Report of the Indian Hemp Drugs Commission, 1894-1895 - Volume VII
Year: 1894
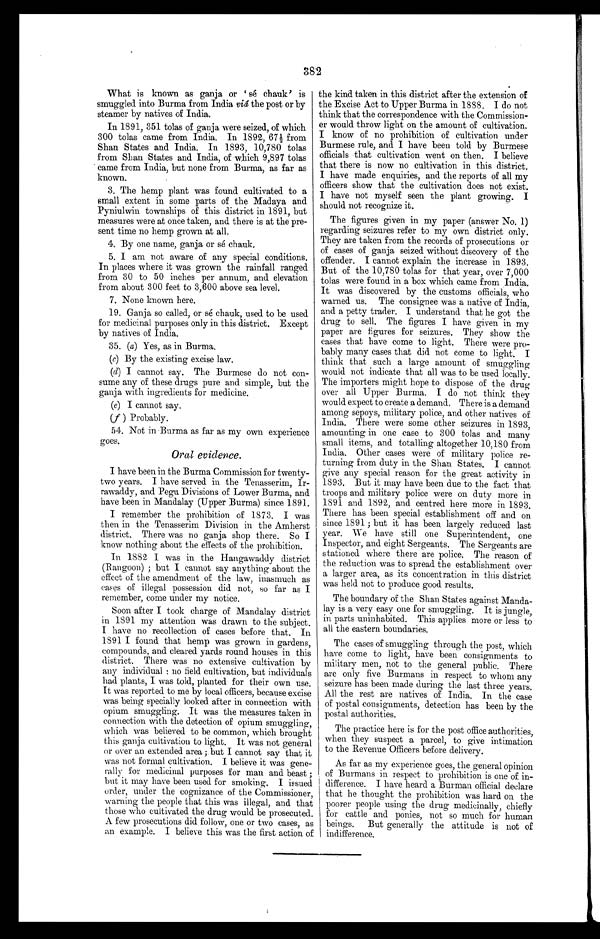
382
What is known as ganja or ' sé chauk' is
smuggled into Burma from India viâ the post or by
steamer by natives of India.
In 1891, 351 tolas of ganja were seized, of which
300 tolas came from India. In 1892, 67½ from
Shan States and India. In 1893, 10,780 tolas
from Shan States and India, of which 9,897 tolas
came from India, but none from Burma, as far as
known.
3. The hemp plant was found cultivated to a
small extent in some parts of the Madaya and
Pyniulwin townships of this district in 1891, but
measures were at once taken, and there is at the pre-
sent time no hemp grown at all.
4. By one name, ganja or sé chauk.
5. I am not aware of any special conditions.
In places where it was grown the rainfall ranged
from 30 to 50 inches per annum, and elevation
from about 300 feet to 3,600 above sea level.
7. None known here.
19. Ganja so called, or sé chauk, used to be used
for medicinal purposes only in this district. Except
by natives of India.
35. (a) Yes, as in Burma.
(c)By the existing excise law.
(d)I cannot say. The Burmese do not con-
sume any of these drugs pure and simple, but the
ganja with ingredients for medicine.
(e) I cannot say
.
(f ) Probably.
54. Not in Burma as far as my own experience
goes.
Oral evidence.
I have been in the Burma Commission for twenty-
two years. I have served in the Tenasserim, Ir-
rawaddy, and Pegu Divisions of Lower Burma, and
have been in Mandalay (Upper Burma) since 1891.
I remember the prohibition of 1873. I was
then in the Tenasserim Division in the Amherst
district. There was no ganja shop there. So I
know nothing about the effects of the prohibition.
In 1882 I was in the Hangawaddy district
(Rangoon) ; but I cannot say anything about the
effect of the amendment of the law, inasmuch as
eases of illegal possession did not, so far as I
remember, come under my notice.
Soon after I took charge of Mandalay district
in 1891 my attention was drawn to the subject.
I have no recollection of cases before that. In
1891 I found that hemp was grown in gardens,
compounds, and cleared yards round houses in this
district. There was no extensive cultivation by
any individual : no field cultivation, but individuals
had plants, I was told, planted for their own use.
It was reported to me by local officers, because excise
was being specially looked after in connection with
opium smuggling. It was the measures taken
i n c o n n e c t i o n w i t h t h e d e t e c t i o n o f o p i u m s m u g g l i n g
which was believed to be common, which brought
this ganja cultivation to light. It was not genera
or over an extended area ;. but I cannot say that
was not formal cultivation. I believe it was gene
rally for medicinal purposes for man and beast
but it may have been used for smoking. I issued
order, under the cognizance of the Commissioner,
warning the people that this was illegal, and that
those who cultivated the drug would be prosecuted
A few prosecutions did follow, one or two cases,
a s a n e x a m p l e . I b e l i e v e t h i s w a s t h e f i r s t a c t i o n o f
the kind taken in this district after the extension of
the Excise Act to Upper Burma in 1888. I do not
think that the correspondence with the Commission-
er would throw light on the amount of cultivation.
I know of no prohibition of cultivation under
Burmese rule, and I have been told by Burmese
officials that cultivation went on then. I believe
that there is now no cultivation in this district.
I have made enquiries, and the reports of all my
officers show that the cultivation does not exist.
I have not myself seen the plant growing. I
should not recognize it.
The figures given in my paper (answer No. 1)
regarding seizures refer to my own district only.
They are taken from the records of prosecutions or
of cases of ganja seized without discovery of the
offender. I cannot explain the increase in 1893.
But of the 10,780 tolas for that year, over 7,000
tolas were found in a box which came from India.
It was discovered by the customs officials, who
warned us. The consignee was a native of India,
and a petty trader. I understand that he got the
drug to sell. The figures I have given in my
paper are figures for seizures. They show the
cases that have come to light. There were pro
bably many cases that did not come to light. I
think that such a large amount of smuggling
would not indicate that all was to be used locally.
The importers might hope to dispose of the drug
over all Upper Burma. I do not think they
would expect to create a demand. There is a demand
among sepoys, military police, and other natives of
India. There were some other seizures in 1893,
amounting in one case to 300 tolas and many
small items, and totalling altogether 10,180 from
India. Other cases were of military police re
turning from duty in the Shan States. I cannot
give any special reason for the great activity in
1893. But it may have been due to the fact that
troops and military police were on duty more in
1891 and 1892, and centred here more in 1893.
There has been special establishment off and on
since 1891 ; but it has been largely reduced last
year. We have still one Superintendent, one
Inspector, and eight Sergeants. The Sergeants are
stationed where there are police. The reason of
the reduction was to spread the establishment over
a larger area, as its concentration in this district
was held not to produce good results.
The boundary of the Shan States against Manda
lay is a very easy one for smuggling. It is jungle,
in parts uninhabited. This applies more or less to
all the eastern boundaries.
The cases of smuggling through the post, which
have come to light, have been consignments to
military men, not to the general public. There
are only five Burmans in respect to whom any
seizure has been made during the last three years.
All the rest are natives of India. In the case
of postal consignments, detection has been by the
postal authorities.
The practice here is for the post office authorities,
when they suspect a parcel, to give intimation
to the Revenue Officers before delivery.
As far as my experience goes, the general opinion
of Burmans in respect to prohibition is one of in-
difference. I have heard a Burman official declare
that he thought the prohibition was hard on the
. poorer people using the drug medicinally, chiefly
for cattle and ponies, not so much for human
beings. But generally the attitude is not of
indifference.